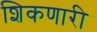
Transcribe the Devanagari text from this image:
शिकणारी